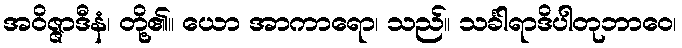
အဝိဇ္ဇာဒီနံ၊ တို့၏။ ယော အာကာရော၊ သည်။ သင်္ခါရာဒိပါတုဘာဝေ၊